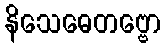
နိသေဓေတဗ္ဗော